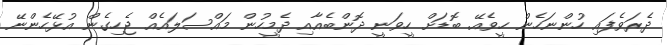
ދެރަވެފައި ހުންނަހެން ހީވެއޭ. ބޮޑަށް ހީވަނީ ދޮންބެއާއި ދެމީހުން މައްސަލައެއް ޖެހިގެން އުޅޭހެންނޭ